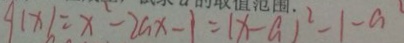
q ( x ) = x ^ { 2 } - 2 a x - 1 = ( x - a ) ^ { 2 } - 1 - a